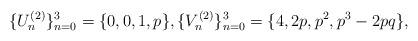
LaTeX: \begin{align*}\{U_{n}^{(2)}\}_{n=0}^{3}=\{0,0,1,p\},\{V_{n}^{(2)}\}_{n=0}^{3}=\{4,2p,p^{2},p^{3}-2pq\}, \end{align*}